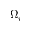
\Omega _ { i }